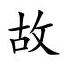
故